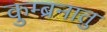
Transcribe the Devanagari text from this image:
कुम्ब्रनातु